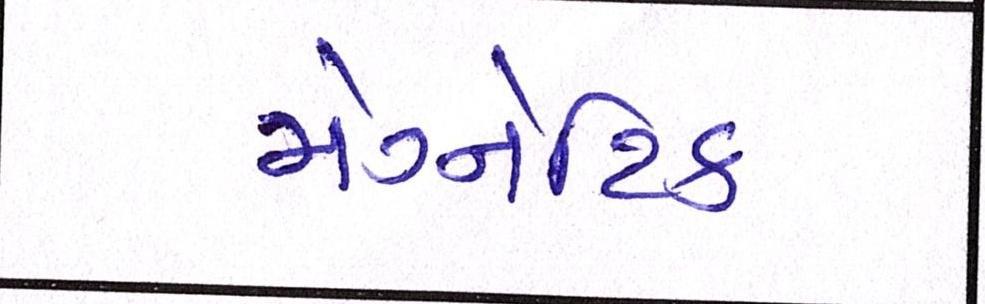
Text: મેગ્નેટિક